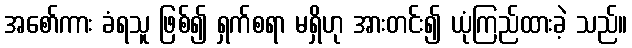
အစော်ကား ခံရသူ ဖြစ်၍ ရှက်စရာ မရှိဟု အားတင်း၍ ယုံကြည်ထားခဲ့ သည်။